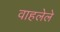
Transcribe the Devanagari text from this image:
वाहलेले